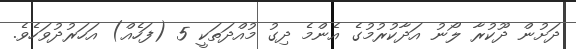
ދަށުން ދޫކުރާ ލޯނު އަދާކުރުމުގެ އެންމެ ދިގު މުއްދަތަކީ 5 (ފަހެއް) އަހަރުދުވަހެވެ.